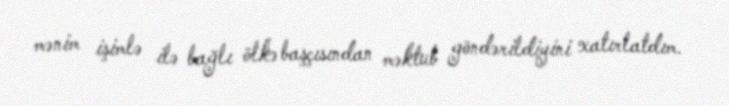
mənim işimlə ilə bağlı ölkə başçısından məktub göndərildiyini xatırlatdım.